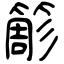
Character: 簓